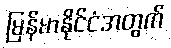
မြန်မာနိုင်ငံအတွက်